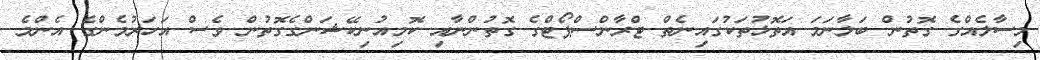
މިސާލެއްގެ ގޮތުން ބަލާނަމަ އަތޮޅުތަކުގައިނެތް ޓްރާންސްޕޯޓްގެ ގޮތުންނާއި ކޮމިއުނިކޭޝަންގެގޮތުން ވެސް އަހަރުމެންގެ އެންމެ